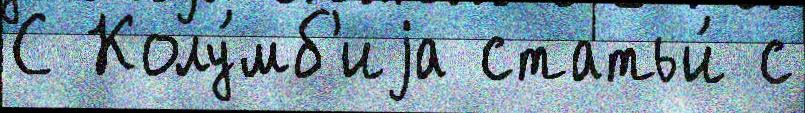
С Колу́мб'иjа статьи́ с